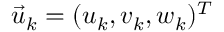
{ \vec { u } } _ { k } = ( u _ { k } , v _ { k } , w _ { k } ) ^ { T }